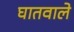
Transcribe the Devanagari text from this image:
घातवाले